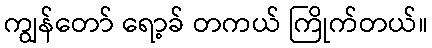
ကျွန်တော် ရော့ခ် တကယ် ကြိုက်တယ်။